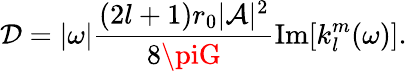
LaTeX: \mathcal{D}=|\omega|\frac{{(2l+1)r_{0}|\mathcal{{A}}|^{2}}}{{8\piG}}\operatorname{Im}[k_{l}^{m}(\omega)].